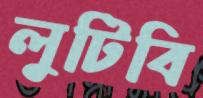
লুটিবি